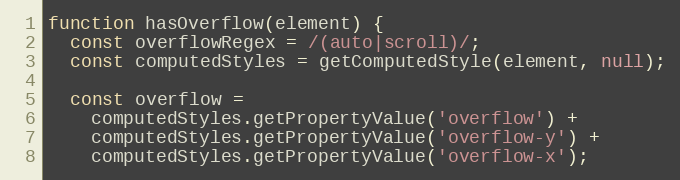
Language: JavaScript
function hasOverflow(element) {
  const overflowRegex = /(auto|scroll)/;
  const computedStyles = getComputedStyle(element, null);

  const overflow =
    computedStyles.getPropertyValue('overflow') +
    computedStyles.getPropertyValue('overflow-y') +
    computedStyles.getPropertyValue('overflow-x');